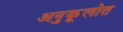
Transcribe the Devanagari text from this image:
अनुकूलोत